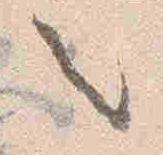
之